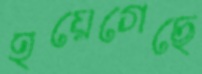
হয়েগেছে